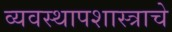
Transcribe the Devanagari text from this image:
व्यवस्थापशास्त्राचे